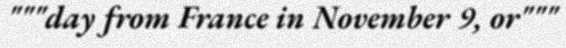
"""day from France in November 9, or"""